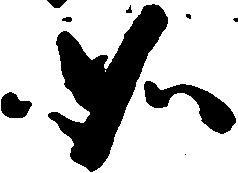
如